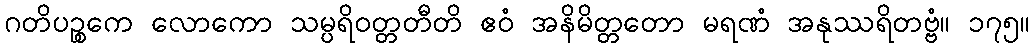
ဂတိပဉ္စကေ လောကော သမ္ပရိဝတ္တတီတိ ဧဝံ အနိမိတ္တတော မရဏံ အနုဿရိတဗ္ဗံ။ ၁၇၅။